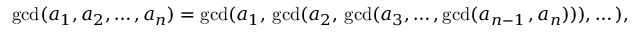
\operatorname* { g c d } ( a _ { 1 } , a _ { 2 } , \dots , a _ { n } ) = \operatorname* { g c d } ( a _ { 1 } , \, \operatorname* { g c d } ( a _ { 2 } , \, \operatorname* { g c d } ( a _ { 3 } , \dots , \operatorname* { g c d } ( a _ { n - 1 } \, , a _ { n } ) ) ) , \dots ) ,